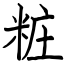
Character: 粧